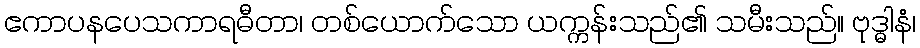
ဧကာပနပေသကာရဓီတာ၊ တစ်ယောက်သော ယက္ကန်းသည်၏ သမီးသည်။ ဗုဒ္ဓါနံ၊